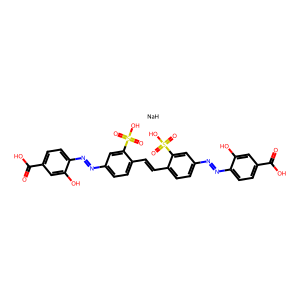
SMILES: O=C(O)c1ccc(N=Nc2ccc(C=Cc3ccc(N=Nc4ccc(C(=O)O)cc4O)cc3S(=O)(=O)O)c(S(=O)(=O)O)c2)c(O)c1.[NaH]
Inhibits HIV replication: No